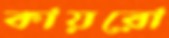
কায়রো